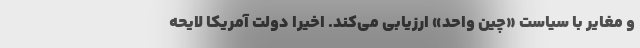
و مغایر با سیاست «چین واحد» ارزیابی می‌کند. اخیراََ دولت آمریکا لایحه